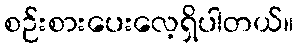
စဉ်းစားပေးလေ့ရှိပါတယ်။